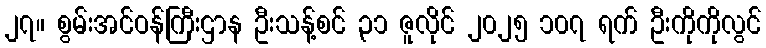
၂၇။ စွမ်းအင်ဝန်ကြီးဌာန ဦးသန့်စင် ၃၁ ဇူလိုင် ၂၀၂၅ ၁၀၇ ရက် ဦးကိုကိုလွင်